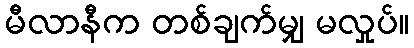
မီလာနီက တစ်ချက်မျှ မလှုပ်။